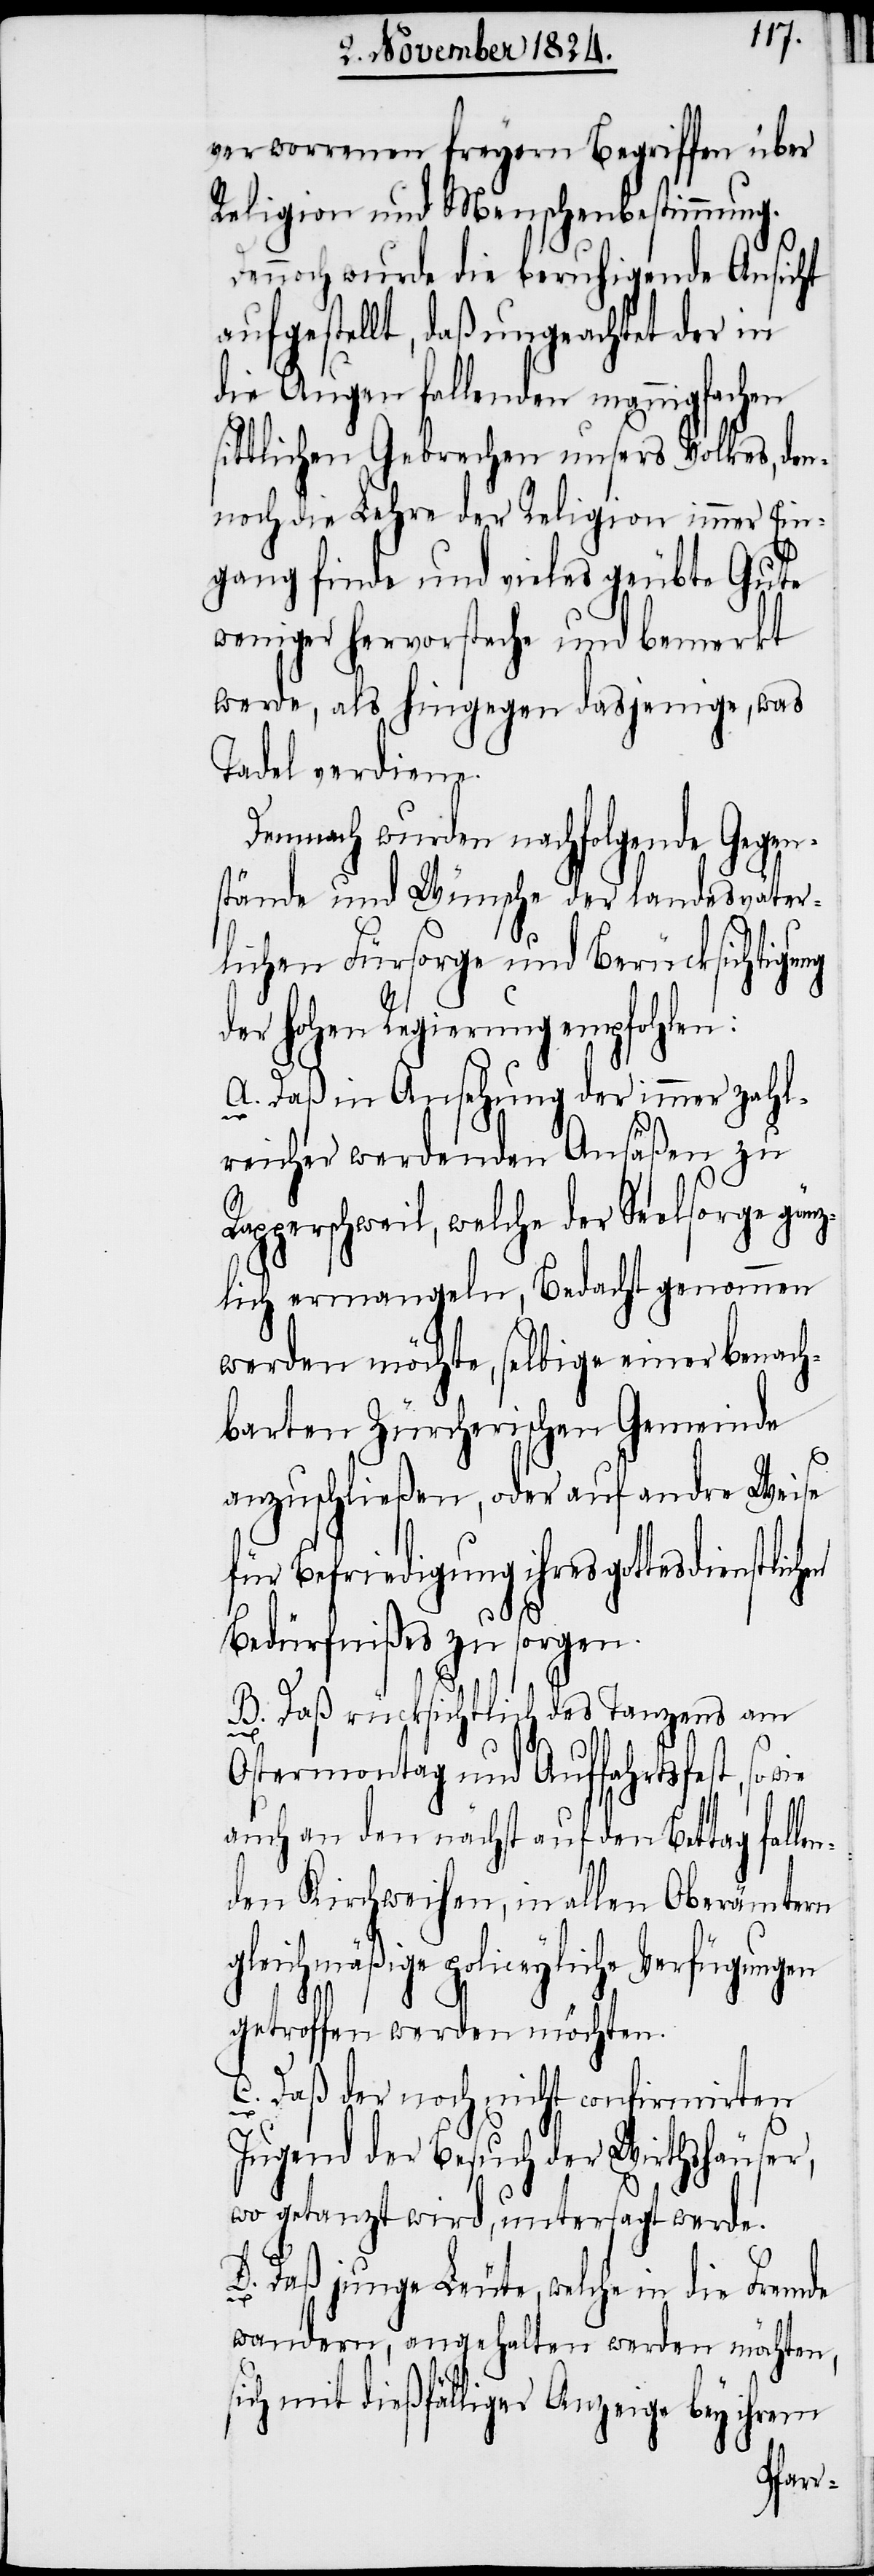
verworrenen freyen Begriffen über
Religion und Menschenbestimmung.
Dennoch wurde die beruhigende Ansicht
aufgestellt, daß ungeachtet der in
die Augen fallenden mannigfachen
sittlichen Gebrechen unsers Volkes, den¬
noch die Lehre der Religion immer Ein¬
gang finde und vieles geübte Gute
weniger hervorsteche und bemerkt
werde, als hingegen dasjenige, was
Tadel verdiene.
Demnach wurden nachfolgende Gegen¬
stände und Wünsche der landesväter¬
lichen Fürsorge und Berücksichtigung
der hohen Regierung empfohlen:
A. Daß in Ansehung der immer zahl¬
reicher werdenden Ansäßen zu
Rapperschweil, welche der Seelsorge gänz¬
lich ermangeln, Bedacht genommen
werden möchte, selbige einer benach¬
barten Zürcherischen Gemeinde
anzuschließen, oder auf andre Weise
für Befriedigung ihres gottesdienstlich¬
Bedürfnißes zu sorgen.
B. Daß rücksichtlich des Tanzens am
Ostermonath und Auffahrtsfest, so
auch an den nächst auf den Bettag falle¬
nden Kirchweihen, in allen Oberämtern
gleichmäßige policeyliche Verfügungen
en
getroffen werden möchten.
C. Daß der noch nicht confirmirten
Jugend der Besuch der Wirthshäuser,
wo getanzt wird, untersagt werde.
D. Daß junge Leute, welche in die Fremde
wandern, angehalten werden möchten,
sich mit dießfälliger Anzeige bey ihrem